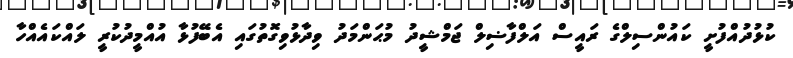
ކުޅުދުއްފުށީ ކައުންސިލްގެ ރައީސް އަލްފާޟިލް ޖަމްޝީދު މުޙަންމަދު ވިދާޅުވިގޮތުގައި އެބޭފުޅާ އުއްމީދުކުރީ ލައްކައެއްހާ